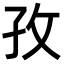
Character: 孜